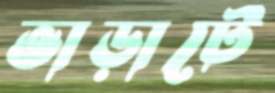
ভাড়াটে